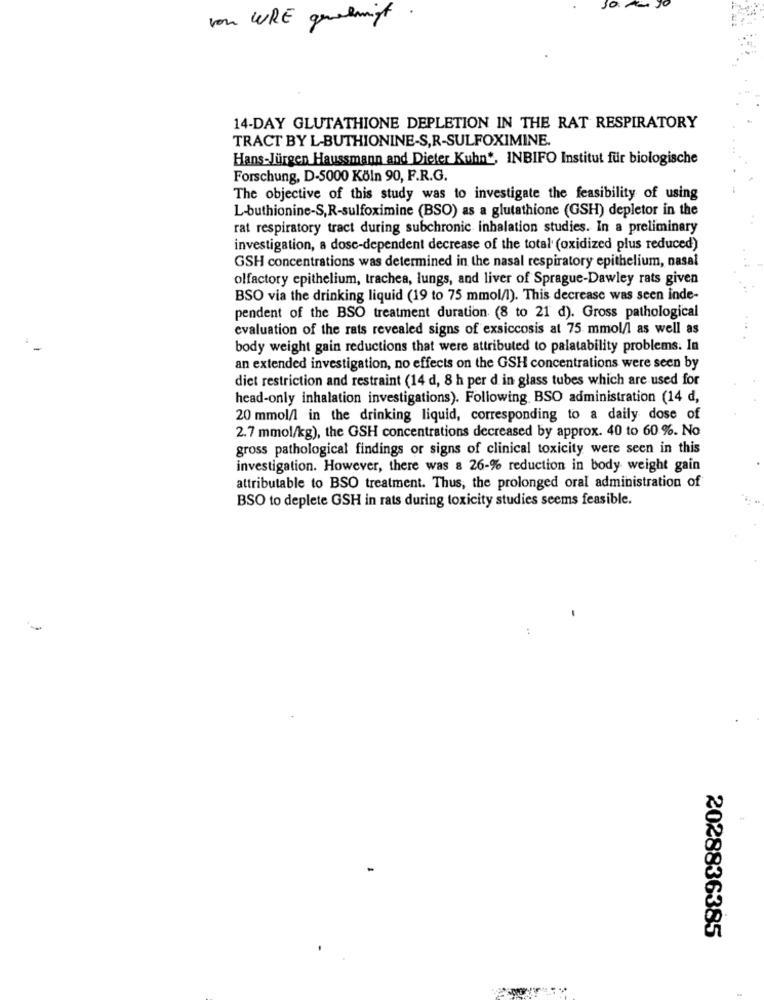
von WRE genehmigt
14-DAY GLUTATHIONE DEPLETION IN THE RAT RESPIRATORY
TRACT BY L-BUTHIONINE-S,R-SULFOXIMINE.
Hans-Jürgen Haussmann and Dieter Kuhn *, INBIFO Institut für biologische
Forschung, D-5000 Köln 90, F.R.G.
The objective of this study was to investigate the feasibility of using
L-buthionine-S,R-sulfoximine (BSO) as a glutathione (GSH) depletor in the
rat respiratory tract during subchronic inhalation studies. In a preliminary
investigation, a dosc-dependent decrease of the total (oxidized plus reduced)
GSH concentrations was determined in the nasal respiratory epithelium, nasal
olfactory epithelium, trachea, lungs, and liver of Sprague-Dawley rats given
BSO via the drinking liquid (19 to 75 mmol/l). This decrease was seen inde-
pendent of the BSO treatment duration (8 to 21 d). Gross pathological
evaluation of the rats revealed signs of exsiccosis at 75 mmol/l as well as
body weight gain reductions that were attributed to palatability problems. In
an extended investigation, no effects on the GSH concentrations were seen by
diet restriction and restraint (14 d, 8 h per d in glass tubes which are used for
head-only inhalation investigations). Following. BSO administration (14 d,
20 mmol/l in the drinking liquid, corresponding to a daily dose of
2.7 mmol/kg), the GSH concentrations decreased by approx. 40 to 60 %. No
gross pathological findings or signs of clinical toxicity were seen in this
investigation. However, there was a 26-% reduction in body weight gain
attributable to BSO treatment. Thus, the prolonged oral administration of
BSO to deplete GSH in rats during toxicity studies seems feasible.
2028836385